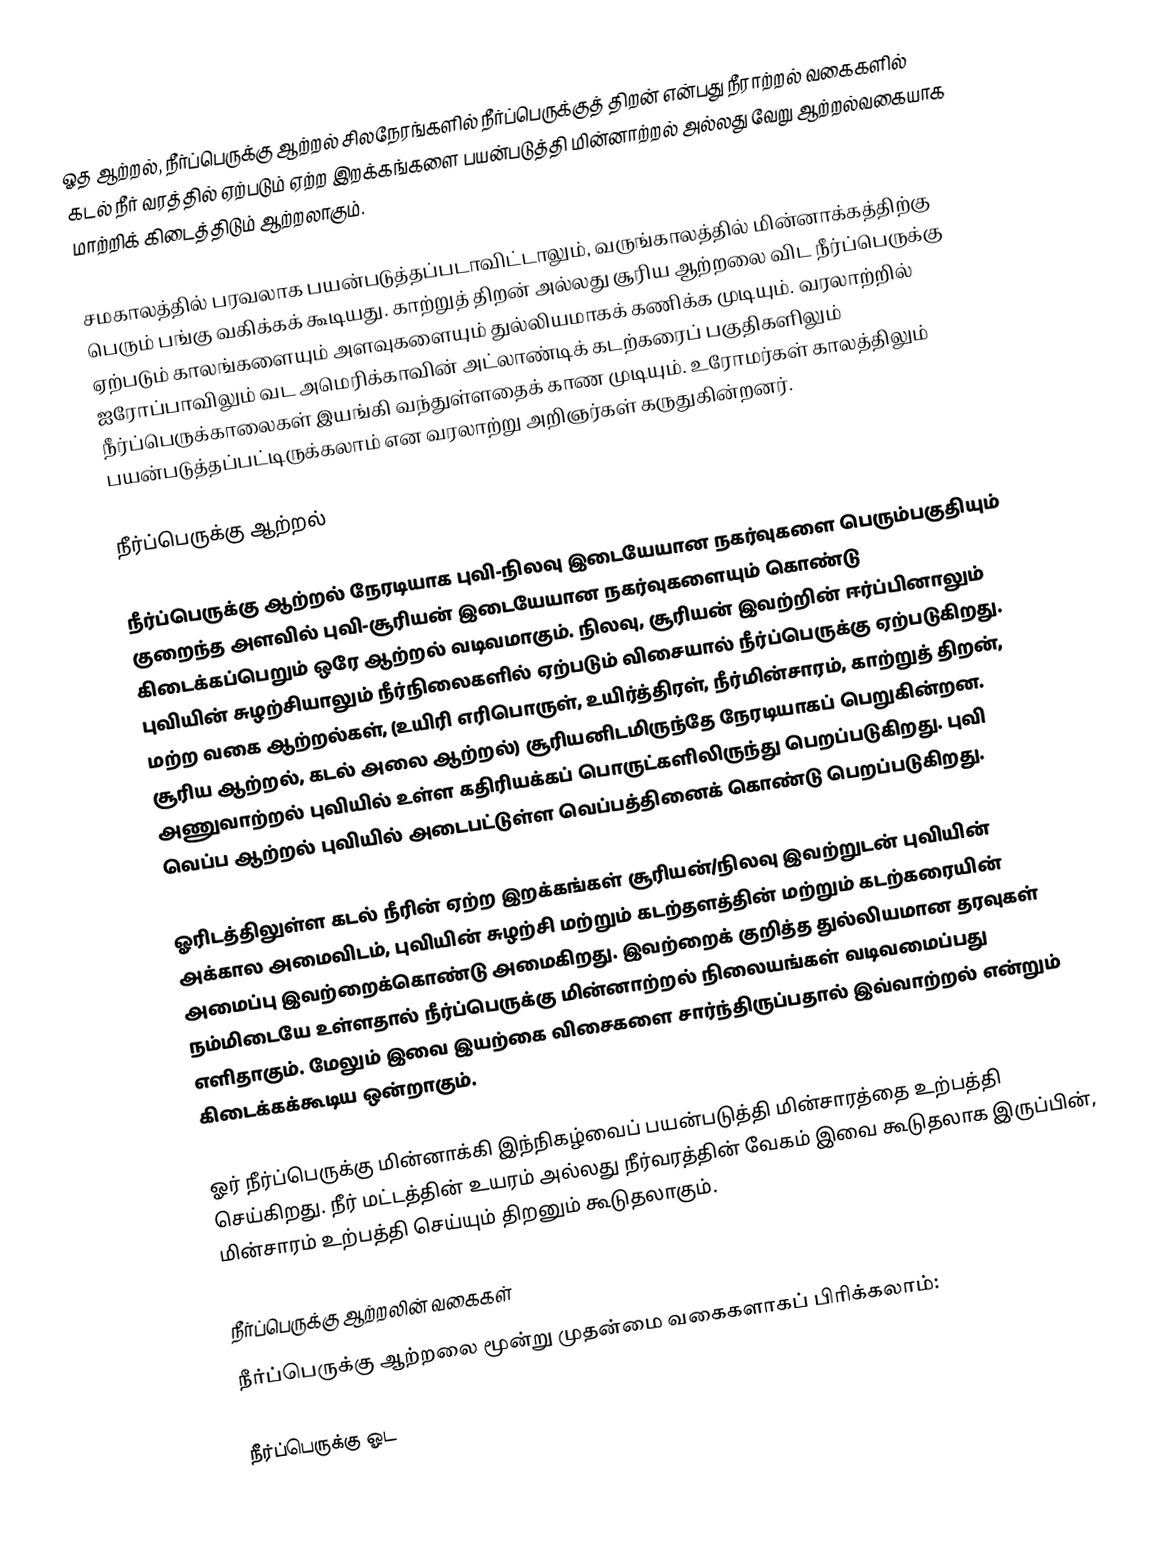
ஓத ஆற்றல், நீர்ப்பெருக்கு ஆற்றல் சிலநேரங்களில் நீர்ப்பெருக்குத் திறன் என்பது நீராற்றல்  வகைகளில் கடல் நீர் வரத்தில் ஏற்படும் ஏற்ற இறக்கங்களை பயன்படுத்தி மின்னாற்றல் அல்லது வேறு ஆற்றல்வகையாக மாற்றிக் கிடைத்திடும் ஆற்றலாகும்.

சமகாலத்தில் பரவலாக பயன்படுத்தப்படாவிட்டாலும், வருங்காலத்தில் மின்னாக்கத்திற்கு பெரும் பங்கு வகிக்கக் கூடியது. காற்றுத் திறன் அல்லது சூரிய ஆற்றலை விட நீர்ப்பெருக்கு ஏற்படும் காலங்களையும் அளவுகளையும் துல்லியமாகக் கணிக்க முடியும். வரலாற்றில் ஐரோப்பாவிலும் வட அமெரிக்காவின் அட்லாண்டிக் கடற்கரைப் பகுதிகளிலும் நீர்ப்பெருக்காலைகள் இயங்கி வந்துள்ளதைக் காண முடியும். உரோமர்கள் காலத்திலும் பயன்படுத்தப்பட்டிருக்கலாம் என வரலாற்று அறிஞர்கள் கருதுகின்றனர்.

நீர்ப்பெருக்கு ஆற்றல்

நீர்ப்பெருக்கு ஆற்றல் நேரடியாக புவி-நிலவு இடையேயான நகர்வுகளை பெரும்பகுதியும் குறைந்த அளவில் புவி-சூரியன் இடையேயான நகர்வுகளையும் கொண்டு கிடைக்கப்பெறும் ஒரே ஆற்றல் வடிவமாகும். நிலவு, சூரியன் இவற்றின் ஈர்ப்பினாலும் புவியின் சுழற்சியாலும் நீர்நிலைகளில் ஏற்படும் விசையால் நீர்ப்பெருக்கு ஏற்படுகிறது. மற்ற வகை ஆற்றல்கள், (உயிரி எரிபொருள், உயிர்த்திரள், நீர்மின்சாரம், காற்றுத் திறன், சூரிய ஆற்றல், கடல் அலை ஆற்றல்) சூரியனிடமிருந்தே நேரடியாகப் பெறுகின்றன.  அணுவாற்றல் புவியில் உள்ள கதிரியக்கப் பொருட்களிலிருந்து பெறப்படுகிறது. புவி வெப்ப ஆற்றல் புவியில் அடைபட்டுள்ள வெப்பத்தினைக் கொண்டு பெறப்படுகிறது.

ஓரிடத்திலுள்ள கடல் நீரின் ஏற்ற இறக்கங்கள் சூரியன்/நிலவு இவற்றுடன் புவியின் அக்கால அமைவிடம், புவியின் சுழற்சி மற்றும் கடற்தளத்தின் மற்றும் கடற்கரையின் அமைப்பு இவற்றைக்கொண்டு அமைகிறது. இவற்றைக் குறித்த துல்லியமான தரவுகள் நம்மிடையே உள்ளதால் நீர்ப்பெருக்கு மின்னாற்றல் நிலையங்கள் வடிவமைப்பது எளிதாகும். மேலும் இவை இயற்கை விசைகளை சார்ந்திருப்பதால் இவ்வாற்றல் என்றும் கிடைக்கக்கூடிய ஒன்றாகும்.

ஓர் நீர்ப்பெருக்கு மின்னாக்கி இந்நிகழ்வைப் பயன்படுத்தி மின்சாரத்தை உற்பத்தி செய்கிறது. நீர் மட்டத்தின் உயரம் அல்லது நீர்வரத்தின் வேகம் இவை கூடுதலாக இருப்பின், மின்சாரம் உற்பத்தி செய்யும் திறனும் கூடுதலாகும்.

நீர்ப்பெருக்கு ஆற்றலின் வகைகள்
நீர்ப்பெருக்கு ஆற்றலை மூன்று முதன்மை வகைகளாகப் பிரிக்கலாம்:

 நீர்ப்பெருக்கு ஓட